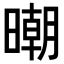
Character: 𣊿